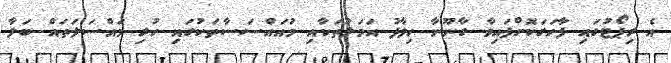
އެ ރިޕޯޓުގައި ފާހަގަކޮށްފައިވާ ގާނޫނާ ހިލާފު އަމަލުތަކާއި މުއައްސަސާތަކުގައި ހުރި މައްސަލަތައް ބަލާ